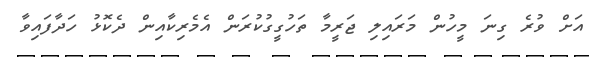
އަށް ވުރެ ގިނަ މީހުން މަރައިލި ޖަރީމާ ތަހުގީގުކުރަން އެމެރިކާއިން ދެކޮޅު ހަދާފައިވާ